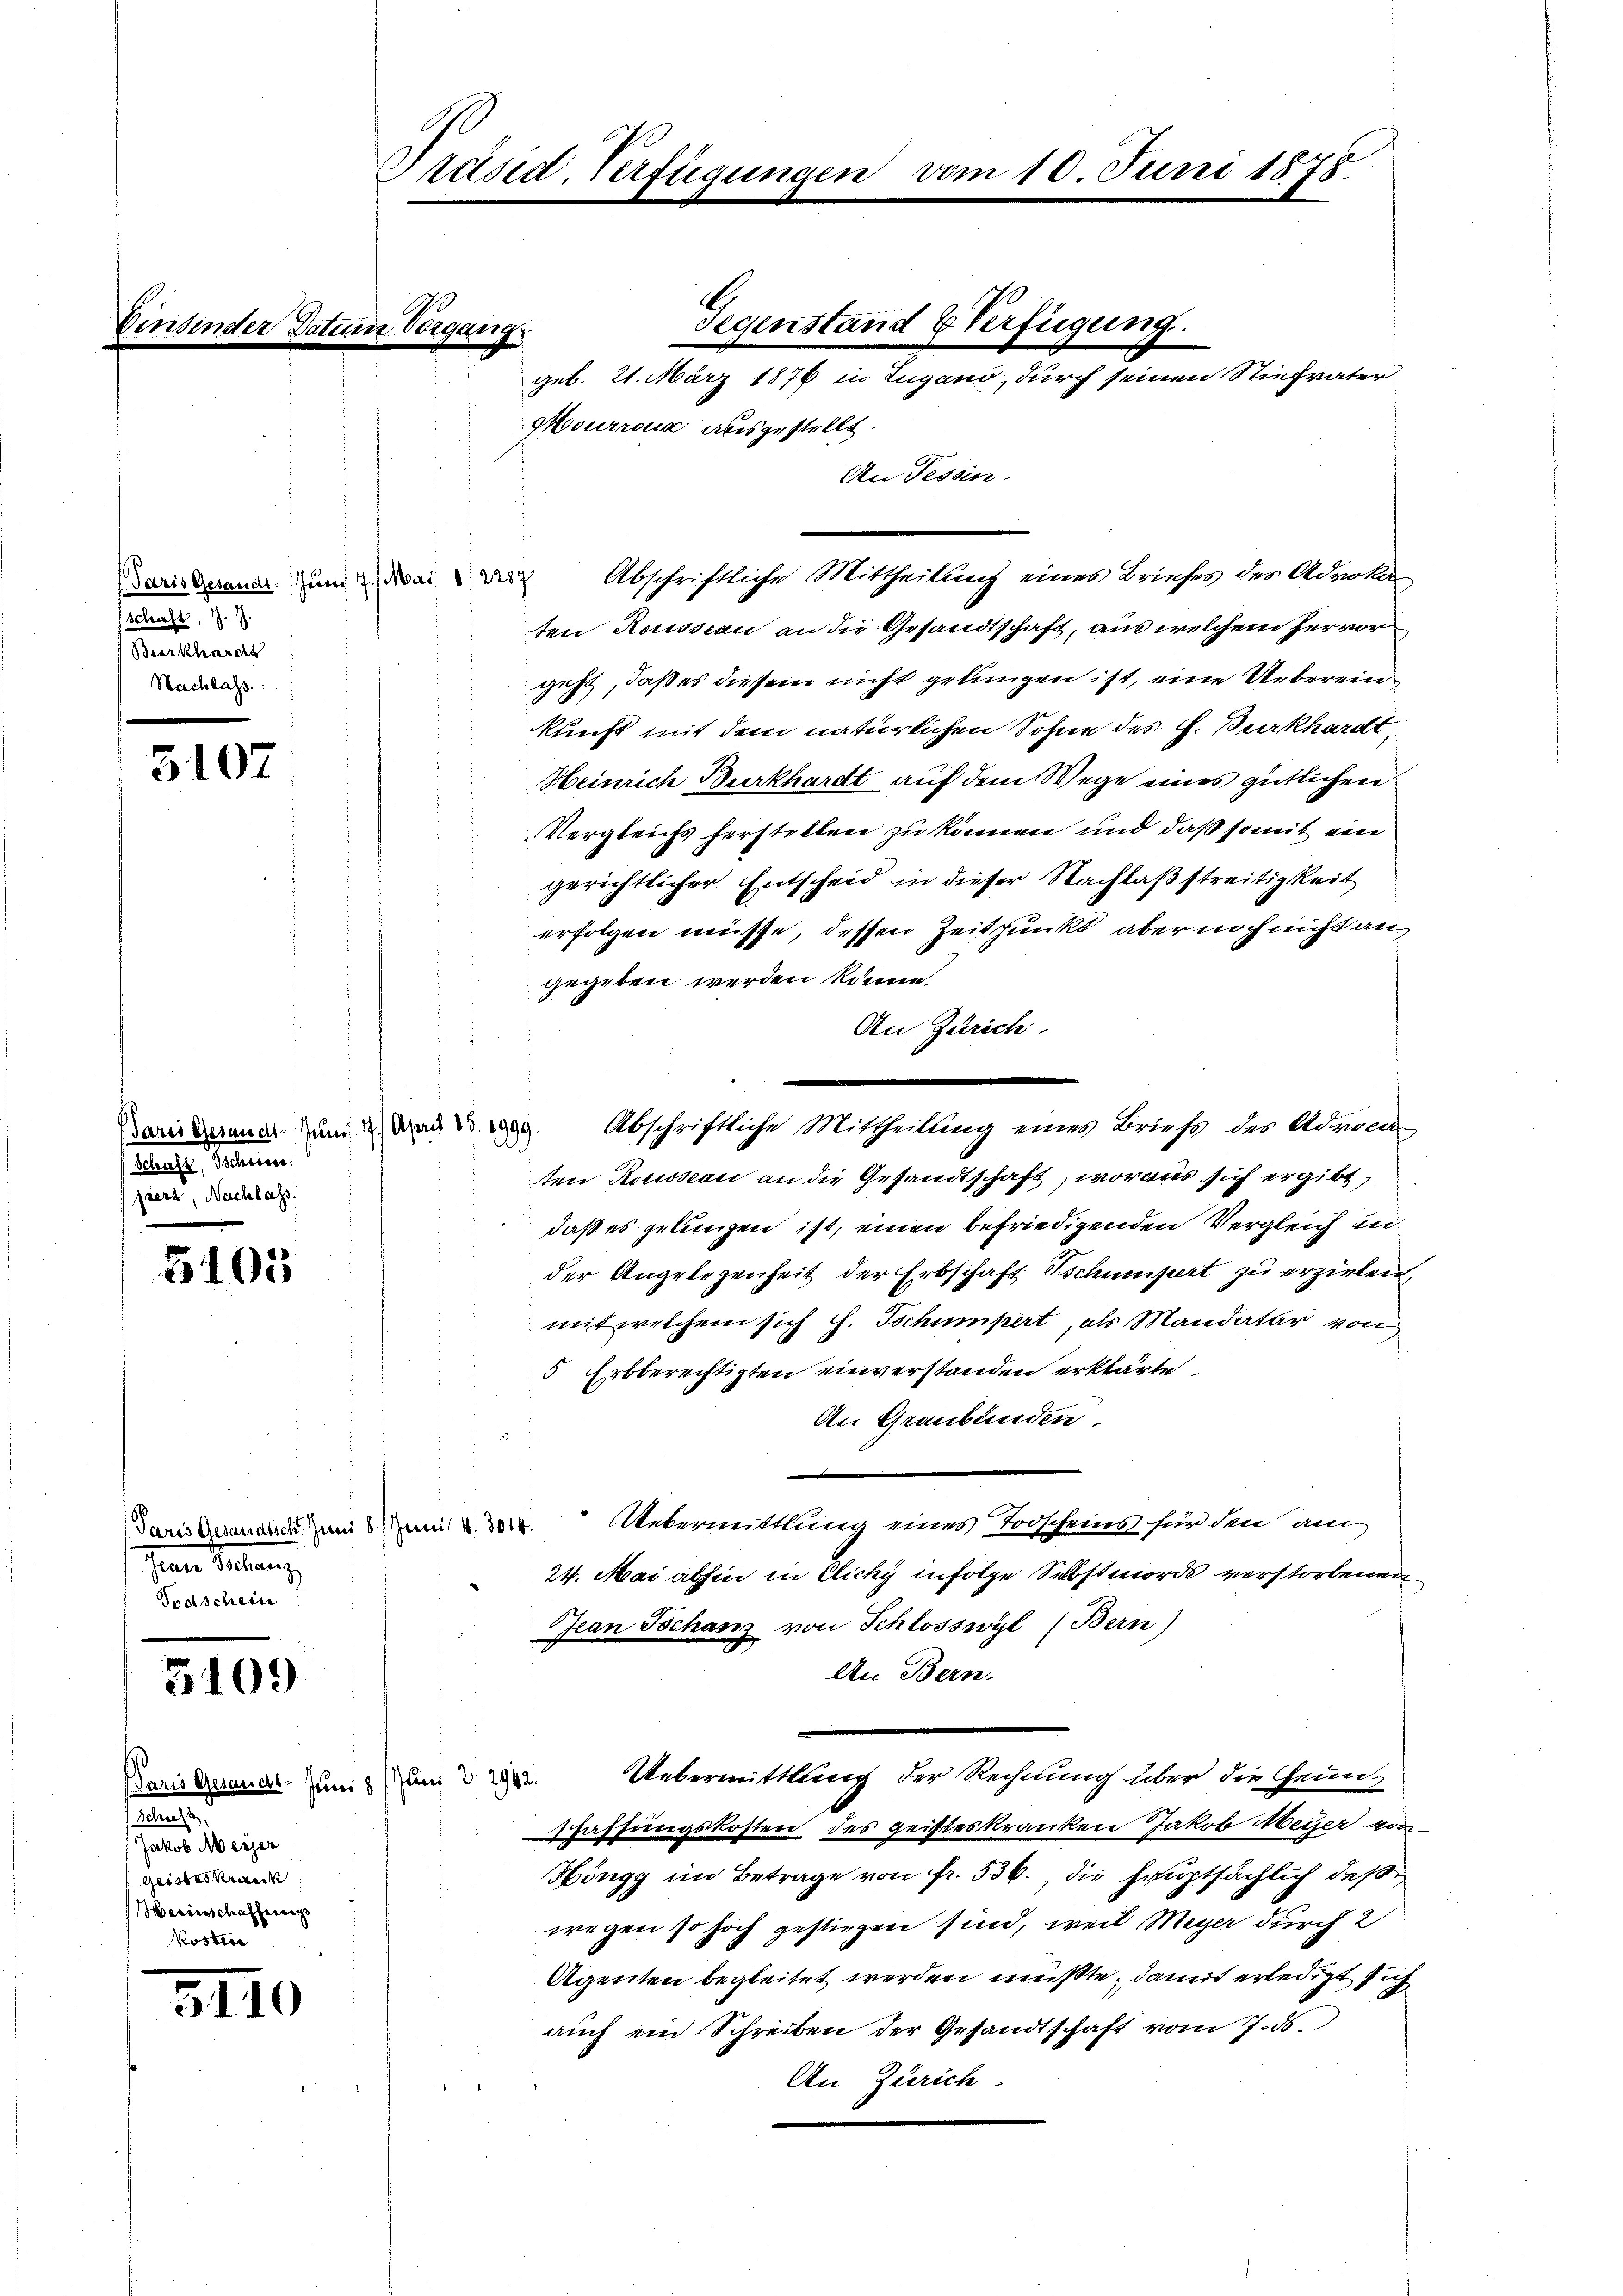
Schaft, Z. Z.
(Burkhards
Nachlass.

3107

sleute, Seiten.
piert, Nachlass.

3103

Paris Gesandtsch. Juni 8 Zem 4. 3014.
Jean Peten,
Todschein

5109

Paris Gesandt. Juni 8 (Juni v. 2942.
n

Geisteskranck
Werienschaffereng
Wosten

3110

Präsid. Verfügunge

begang.

ten Rousseau an die Gesandtschaft, aus welchem hervorgeht, daß es diesem nicht gelungen ist, eine Uebereinkunft mit dem natürlichen Sohne des P. Burkhardt,
Heinrich Burkhardt auf dem Wege eines gütlichen
Vergleichs herstellen zu können und daß somit ein
gerichtlicher Entscheid in dieser Nachlaß streitigkeit
erfolgen müsse, dessen Zeitpunkt, aber noch nicht an
gegeben werden könne.
An Zürich.
ten Rousseau an die Gesandtschaft, woraus sich ergibt,
daß es gelungen ist, einen befriedigenden Vergleich in
der Angelegenheit der Erbschaft schumpert zu erzielen,
mit welchem sich h. Tschumpert, als Mandatar von
5 Erbberechtigten einverstanden erklärte
An Graubünden.
Uebermittlung eines Todscheins für den am
24. Mai abhin in Cichy infolge Selbstmords verstorbenen
Jean Tschanz von Schlosswyl (Bern)
An Bern.
Uebermittlung der Rechnung über die Heimschaffungskosten des geisteskranken Jakob Meyer von
Höngg im Betrage von fr. 536., die hauptsächlich deß
wegen so hoch gestiegen sind, weil Meyer durch 2
Agenten begleitet werden müßte, damit erledigt sich
aŭch ein Schreiben der Gesandtschaft vom 7. ds.
An Zürich.

Mourroux ausgestellt.
An Tessin.

darinderener zum Bei der Abschriftliche Mittheilung eines Briefes des Advoka¬

Darin deren um 2 Mai Abschriftliche Mittheilung eines Briefs des Adriann

Gegenstand & Verfügung.
geb. 21. März 1876 in Lugano, durch seinen Stiefvater

10. Juni 1878.